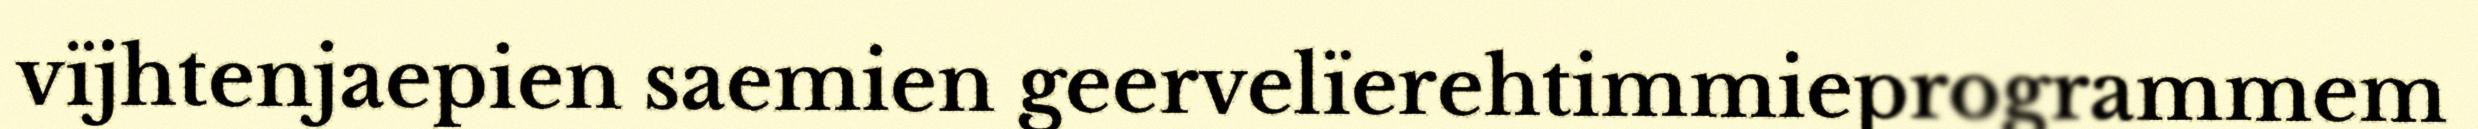
vïjhtenjaepien saemien geervelïerehtimmieprogrammem